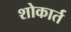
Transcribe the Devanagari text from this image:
शोकार्त